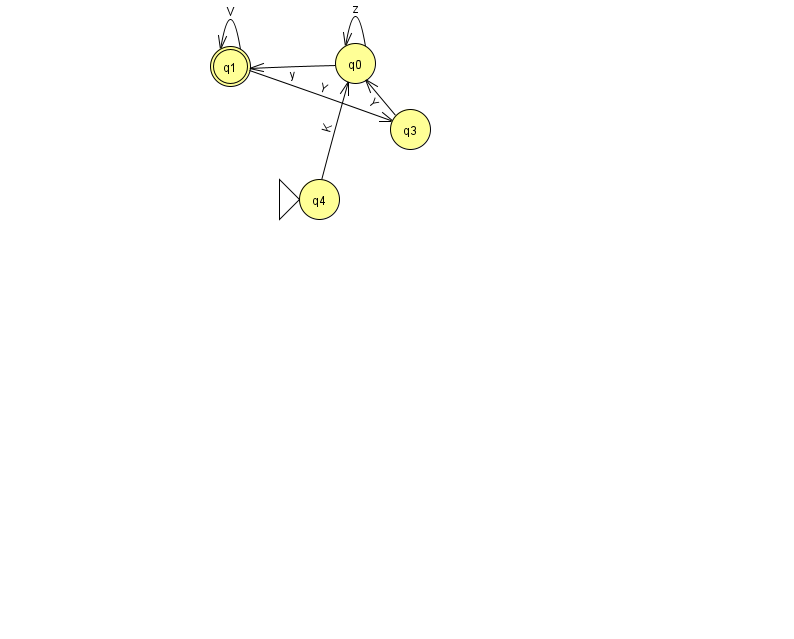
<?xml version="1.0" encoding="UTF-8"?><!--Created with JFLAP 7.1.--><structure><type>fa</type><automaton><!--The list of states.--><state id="0" name="q0"><x>355.0</x><y>50.0</y></state><state id="1" name="q1"><x>230.0</x><y>53.0</y><final/></state><state id="3" name="q3"><x>410.0</x><y>116.0</y></state><state id="4" name="q4"><x>319.0</x><y>186.0</y><initial/></state><!--The list of transitions.--><transition><from>0</from><to>1</to><read>y</read></transition><transition><from>1</from><to>3</to><read>Y</read></transition><transition><from>1</from><to>1</to><read>V</read></transition><transition><from>0</from><to>0</to><read>z</read></transition><transition><from>4</from><to>0</to><read>K</read></transition><transition><from>3</from><to>0</to><read>Y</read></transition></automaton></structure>